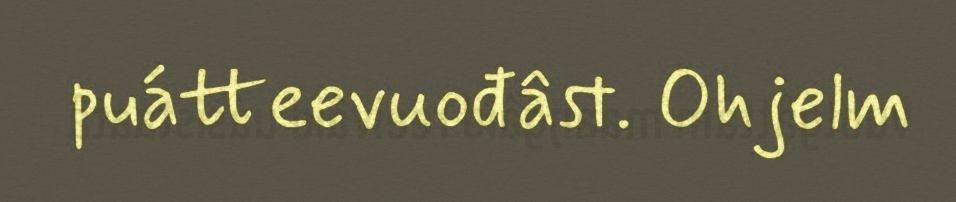
puátteevuođâst. Ohjelm